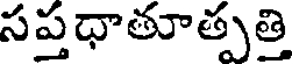
సప్తధాతూత్పత్తి